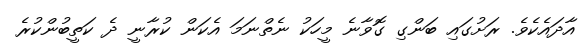
އާދައެކެވެ. ރަށުގައި ބަންގި ގޮވާނެ މީހަކު ނެތްނަމަ އެކަން ކުރާނީ ދެ ކަތީބުންކުރެ